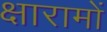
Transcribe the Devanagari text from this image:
क्षारामों